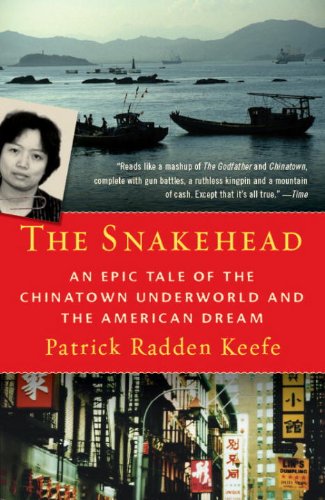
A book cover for The Snakehead: An Epic Tale of the Chinatown Underworld and the American Dream; Patrick Radden Keefe; Law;